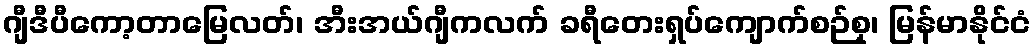
ဂျီဒီပီကော့တာမြေလတ်၊ အီးအယ်ဂျီကလက် ခရီတေးရှပ်ကျောက်စဉ်စု၊ မြန်မာနိုင်ငံ